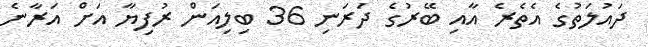
ދައުލަތުގެ އެތެރެ އާއި ބޭރުގެ ދަރަނި 36 ބިލިއަން ރުފިޔާ އަށް އަރާނެ